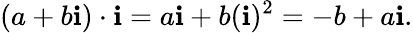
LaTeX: (a+b\mathbf{i})\cdot\mathbf{i}=a\mathbf{i}+b(\mathbf{i})^{2}=-b+a\mathbf{i}.